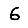
Digit: 6